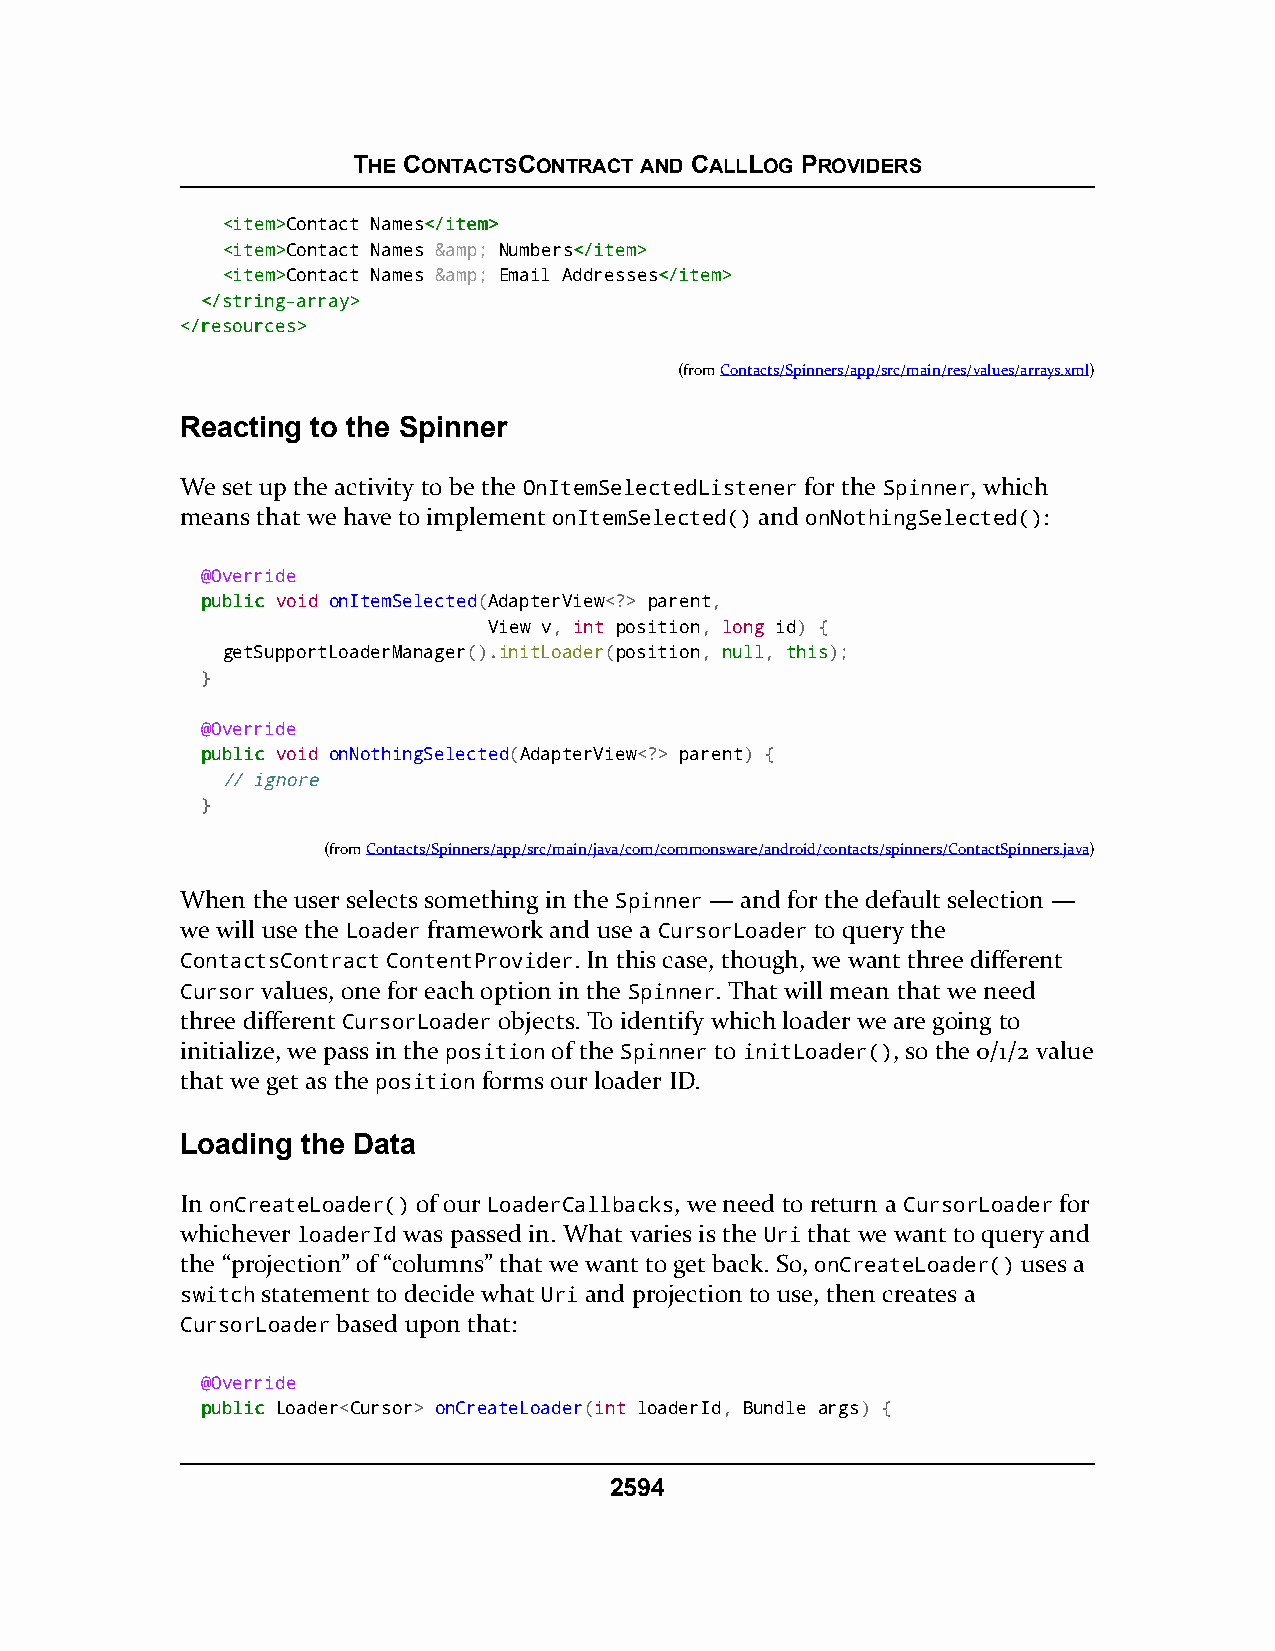
THE CONTACTSCONTRACT AND CALLLOG PROVIDERS
 <<iitteemm>>Contact Names<<//iitteemm>>
 <<iitteemm>>Contact Names &&aammpp;; Numbers<<//iitteemm>>
 <<iitteemm>>Contact Names &&aammpp;; Email Addresses<<//iitteemm>>
 <<//ssttrriinngg--aarrrraayy>>
 <<//rreessoouurrcceess>>
 (fromContacts/Spinners/app/src/main/res/values/arrays.xml)
 Reacting to the Spinner
 We set up the activity to be the OnItemSelectedListener for the Spinner, which
 means that we have to implement onItemSelected() and onNothingSelected():
 @Override
 ppuubblliicc void onItemSelected(AdapterView<?> parent,
 View v, int position, long id) {
 getSupportLoaderManager().initLoader(position, nnuullll, tthhiiss);
 }
 @Override
 ppuubblliicc void onNothingSelected(AdapterView<?> parent) {
 // ignore
 }
 (fromContacts/Spinners/app/src/main/java/com/commonsware/android/contacts/spinners/ContactSpinners.java)
 When the user selects something in the Spinner — and for the default selection —
 we will use the Loader framework and use a CursorLoader to query the
 ContactsContract ContentProvider. In this case, though, we want three different
 Cursor values, one for each option in the Spinner. That will mean that we need
 three different CursorLoader objects. To identify which loader we are going to
 initialize, we pass in the position of the Spinner to initLoader(), so the 0/1/2 value
 that we get as the position forms our loader ID.
 Loading the Data
 In onCreateLoader() of our LoaderCallbacks, we need to return a CursorLoader for
 whichever loaderId was passed in. What varies is the Uri that we want to query and
 the “projection” of “columns” that we want to get back. So, onCreateLoader() uses a
 switch statement to decide what Uri and projection to use, then creates a
 CursorLoader based upon that:
 @Override
 ppuubblliicc Loader<Cursor> onCreateLoader(int loaderId, Bundle args) {
 2594